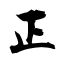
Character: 正